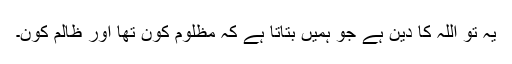
یہ تو اللہ کا دین ہے جو ہمیں بتاتا ہے کہ مظلوم کون تھا اور ظالم کون۔